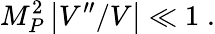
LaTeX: M_{P}^{2}\left|V^{\prime\prime}/V\right|\ll 1\; .